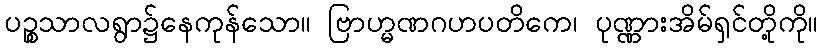
ပဉ္စသာလရွာ၌နေကုန်သော။ ဗြာဟ္မဏဂဟပတိကေ၊ ပုဏ္ဏားအိမ်ရှင်တို့ကို။